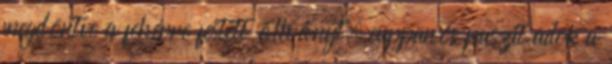
megdöntve a fehérre festett állványt, cuppanós puszit adok a